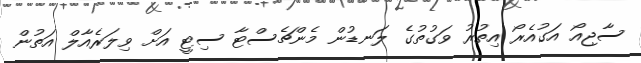
ސާޖިއޯ އަގުއެރޯ އިތުރު ވަގުތުގެ ލަނޑުން މެންޗެސްޓާ ސިޓީ އަށް ވިލަރެއާލް އަތުން